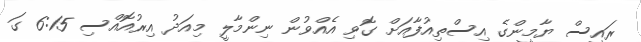
ރައީސް ޔާމީންގެ އިސްތިއުފާއަށް ގޮވި އެއްވުން ނިންމާލީ މިއަދު އިރުއޮއްސި 6:15 ގަ